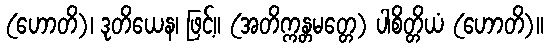
(ဟောတိ)၊ ဒုတိယေန၊ ဖြင့်။ (အတိက္ကန္တမတ္တေ) ပါစိတ္တိယံ (ဟောတိ)။